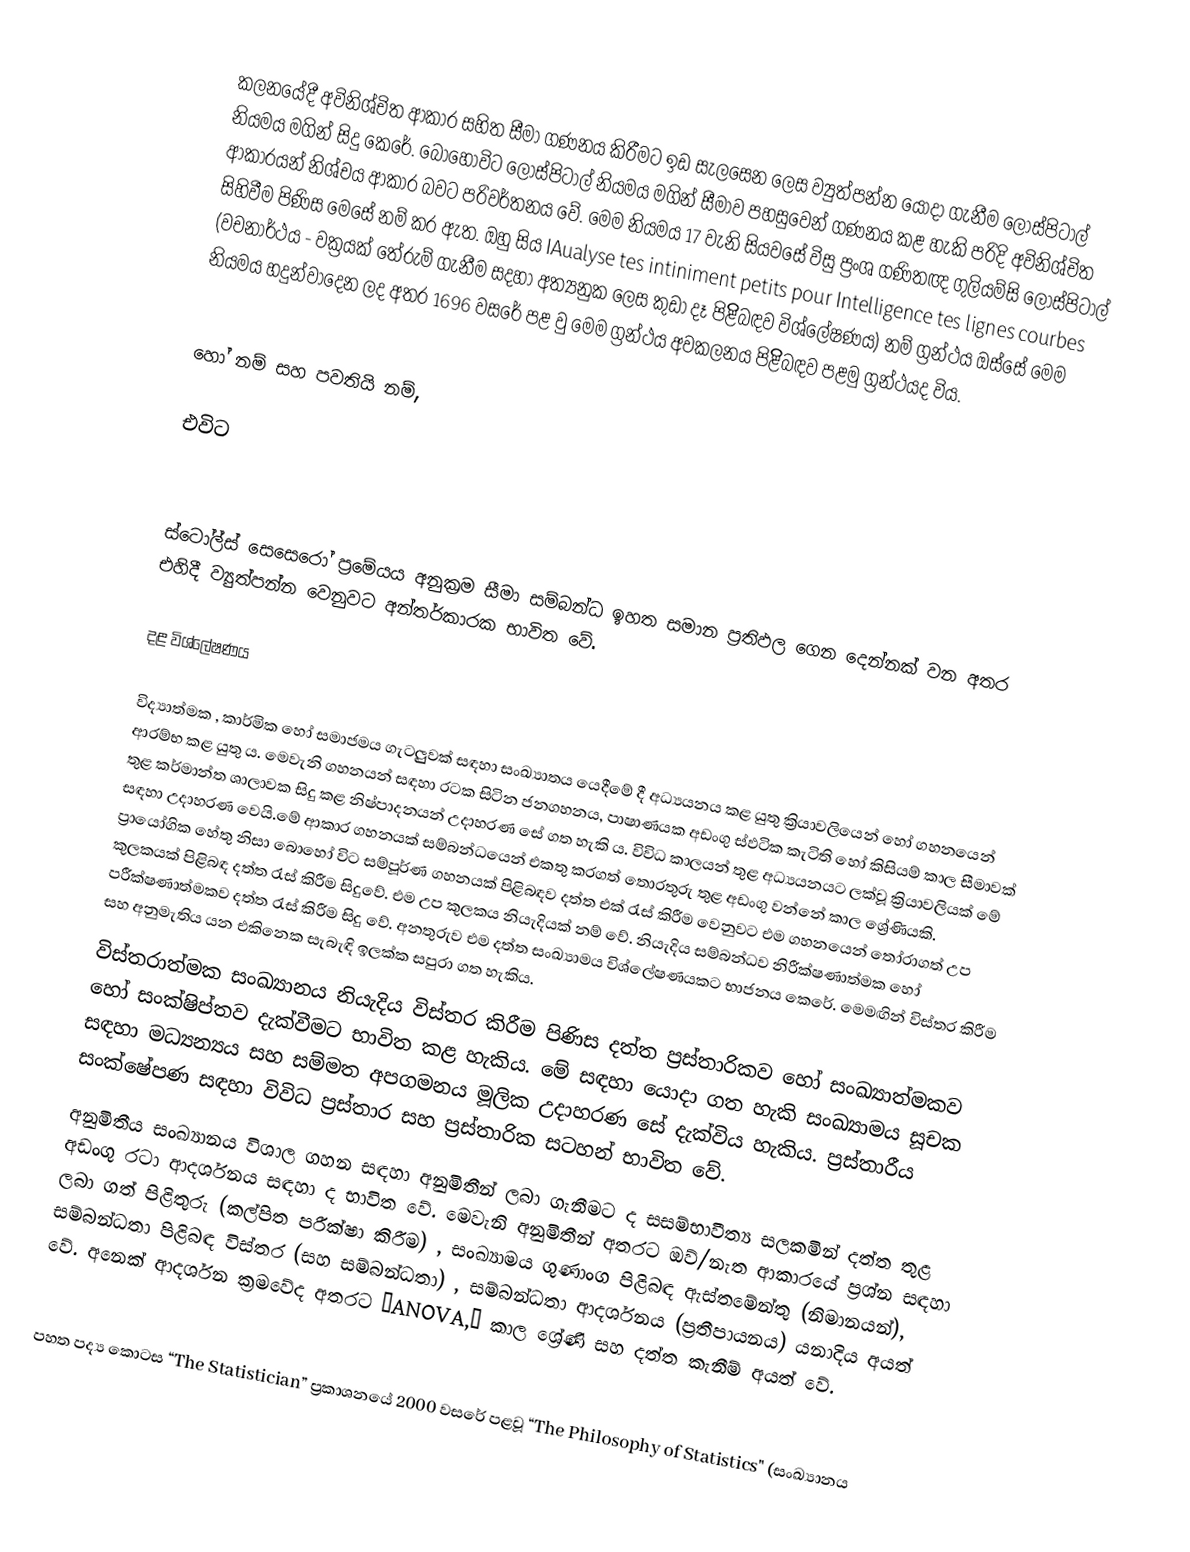
කලනයේදී අවිනිශ්චිත ආකාර සහිත සීමා ගණනය කිරීමට ඉඩ සැලසෙන ලෙස ව්‍යුත්පන්න යොදා ගැනීම ලොස්පිටාල් නියමය මගින් සිදු කෙරේ. බොහෝවිට ලොස්පිටාල් නියමය මගින් සීමාව පහසුවෙන් ගණනය කළ හැකි පරිදි අවිනිශ්චිත ආකාරයන් නිශ්චය ආකාර බවට පරිවර්තනය වේ. මෙම නියමය 17 වැනි සියවසේ විසු ප්‍රංශ ගණිතඥ ගුලියම්සි ලොස්පිටාල් සිහිවීම පිණිස මෙසේ නම් කර ඇත. ඔහු සිය IAualyse tes intiniment petits pour Intelligence tes lignes courbes (වචනාර්ථය - වක්‍රයක් තේරුම් ගැනීම සදහා අත්‍යනුක ලෙස කුඩා දෑ පිළිිබඳව විශ්ලේෂණය) නම් ග්‍රන්ථය ඔස්සේ මෙම නියමය හදුන්වාදෙන ලද අතර 1696 වසරේ පළ වු මෙම ග්‍රන්ථය අවකලනය පිළිිබඳව පළමු ග්‍රන්ථයද විය.

හෝ  නම්  සහ  පවතියි නම්,

එවිට

ස්ටෝල්ස් සෙසෙරෝ ප්‍රමේයය අනුක්‍රම සීමා සම්බන්ධ ඉහත සමාන ප්‍රතිඵල ගෙන දෙන්නක් වන අතර එහිදී ව්‍යුත්පන්න වෙනුවට අන්තර්කාරක භාවිත වේ.

දළ විශ්ලේෂණය

විද්‍යාත්මක , කාර්මික හෝ සමාජමය ගැටලුුවක් සඳහා සංඛ්‍යාතය යෙදීමේ දී අධ්‍යයනය කළ යුතු ක්‍රියාවලියෙන් හෝ ගහනයෙන් ආරම්භ කළ යුතු ය. මෙවැනි ගහනයන් සඳහා රටක සිටින ජනගහනය, පාෂාණයක අඩංගු ස්ඵටික කැටිති හෝ කිසියම් කාල සීමාවක් තුළ කර්මාන්ත ශාලාවක සිදු කළ නිෂ්පාදනයන් උදාහරණ සේ ගත හැකි ය. විවිධ කාලයන් තුළ අධ්‍යයනයට ලක්වූ ක්‍රියාවලියක් මේ සඳහා උදාහරණ වෙයි.මේ ආකාර ගහනයක් සම්බන්ධයෙන් එකතු කරගත් තොරතුරු තුළ අඩංගු වන්නේ කාල ශ්‍රේණියකි. ප්‍රායෝගික හේතු නිසා බොහෝ විට සම්පූර්ණ ගහනයක් පිළිබඳව දත්ත එක් රැස් කිරීම වෙනුවට එම ගහනයෙන් තෝරාගත් උප කුලකයක් පිළිබඳ දත්ත රැස් කිරීම සිදුවේ. එම උප කුලකය නියැදියක් නම් වේ. නියැදිය සම්බන්ධව නිරීක්ෂණාත්මක හෝ පරීක්ෂණාත්මකව දත්ත රැස් කිරීම සිදු වේ. අනතුරුව එම දත්ත සංඛ්‍යාමය විශ්ලේෂණයකට භාජනය කෙරේ. මෙමඟින් විස්තර කිරීම සහ අනුමැතිය යන එකිනෙක සැබැඳි ඉලක්ක සපුරා ගත හැකිය.
විස්තරාත්මක සංඛ්‍යානය නියැදිය විස්තර කිරීම පිණිස දත්ත ප්‍රස්තාරිකව හෝ සංඛ්‍යාත්මකව  හෝ සංක්ෂිප්තව දැක්වීමට භාවිත කළ හැකිය. මේ සඳහා යොදා ගත හැකි සංඛ්‍යාමය සූචක සඳහා මධ්‍යන්‍යය සහ සම්මත අපගමනය මූලික උදාහරණ සේ දැක්විය හැකිය. ප්‍රස්තාරීය සංක්ෂේපණ සඳහා විවිධ ප්‍රස්තාර සහ ප්‍රස්තාරික සටහන් භාවිත වේ.
 අනුමිතීය සංඛ්‍යානය විශාල ගහන සඳහා අනුමිතීන් ලබා ගැනීමට ද සසම්භාවීත්‍ය  සලකමින් දත්ත තුළ අඩංගු රටා ආදර්ශනය සඳහා ද භාවිත වේ. මෙවැනි අනුමිතීන් අතරට ඔව්/නැත ආකාරයේ ප්‍රශ්න සඳහා ලබා ගත් පිළිතුරු (කල්පිත පරීක්ෂා කිරීම) , සංඛ්‍යාමය ගුණාංග පිළිබඳ ඇස්තමේන්තු (නිමානයන්), සම්බන්ධතා පිළිබඳ විස්තර (සහ සම්බන්ධතා) , සම්බන්ධතා ආදර්ශනය (ප්‍රතීපායනය) යනාදිය අයත් වේ. අනෙක් ආදර්ශන ක්‍රමවේද අතරට “ANOVA,” කාල ශ්‍රේණි සහ දත්ත කැනීම් අයත් වේ.

පහත පද්‍ය කොටස “The Statistician” ප්‍රකාශනයේ 2000 වසරේ පළවූ “The Philosophy of Statistics" (සංඛ්‍යානය